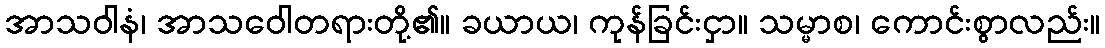
အာသဝါနံ၊ အာသဝေါတရားတို့၏။ ခယာယ၊ ကုန်ခြင်းငှာ။ သမ္မာစ၊ ကောင်းစွာလည်း။